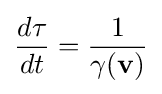
{\frac {d\tau }{dt}}={\frac {1}{\gamma (\mathbf {v} )}}